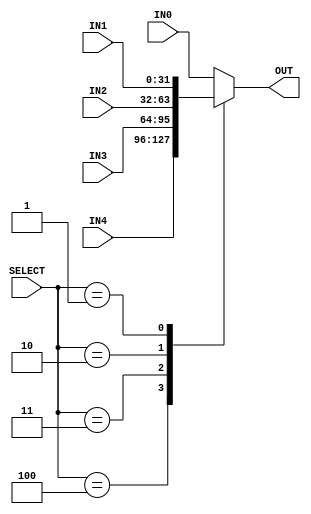
`timescale  1ns/100ps

module mux_5x1_32bit(IN0, IN1, IN2, IN3, IN4, OUT, SELECT);

    //declare the ports
    input [31:0] IN0, IN1, IN2, IN3, IN4;
    input [2:0] SELECT;
    output reg [31:0] OUT;

    //connect the relevent input to the output depending depending on the select
    // TODO: Add delay to mux

    always @ (*) begin
        case (SELECT)
			3'b100: OUT = IN4;
            3'b011: OUT = IN3;
            3'b010: OUT = IN2;
            3'b001: OUT = IN1;
            default: OUT = IN0;
        endcase
    end

endmodule